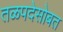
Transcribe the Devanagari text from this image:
तळपदेसोबत